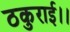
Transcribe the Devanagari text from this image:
ठकुराई।।